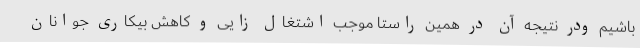
باشیم ودر نتیجه آن در همین راستا موجب اشتغال زایی و کاهش بیکاری جوانان